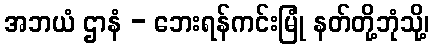
အဘယံ ဌာနံ - ဘေးရန်ကင်းမြုံ နတ်တို့ဘုံသို့၊